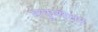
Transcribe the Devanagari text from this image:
मनुष्येत्तर